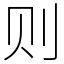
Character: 则